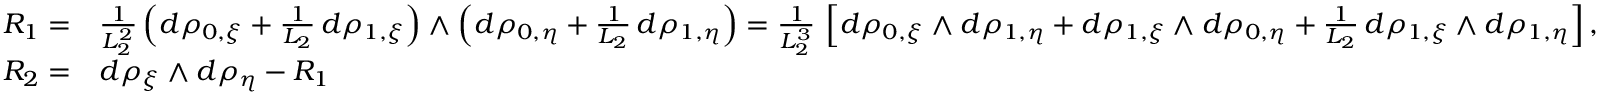
\begin{array} { r l } { R _ { 1 } = } & { \frac { 1 } { L _ { 2 } ^ { 2 } } \left( d \rho _ { 0 , \xi } + \frac { 1 } { L _ { 2 } } \, d \rho _ { 1 , \xi } \right) \wedge \left( d \rho _ { 0 , \eta } + \frac { 1 } { L _ { 2 } } \, d \rho _ { 1 , \eta } \right) = \frac { 1 } { L _ { 2 } ^ { 3 } } \, \left[ d \rho _ { 0 , \xi } \wedge d \rho _ { 1 , \eta } + d \rho _ { 1 , \xi } \wedge d \rho _ { 0 , \eta } + \frac { 1 } { L _ { 2 } } \, d \rho _ { 1 , \xi } \wedge d \rho _ { 1 , \eta } \right] , } \\ { R _ { 2 } = } & { d \rho _ { \xi } \wedge d \rho _ { \eta } - R _ { 1 } } \end{array}